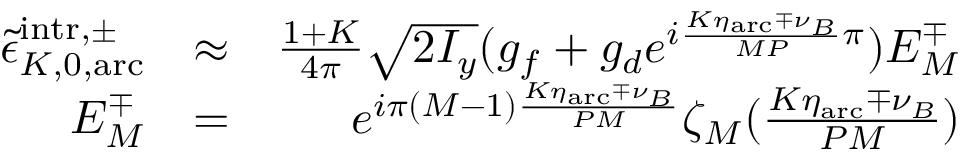
\begin{array} { r l r } { \tilde { \epsilon } _ { K , 0 , \mathrm { a r c } } ^ { \mathrm { i n t r } , \pm } } & { \approx } & { \frac { 1 + K } { 4 \pi } \sqrt { 2 I _ { y } } ( g _ { f } + g _ { d } e ^ { i \frac { K \eta _ { \mathrm { a r c } } \mp \nu _ { B } } { M P } \pi } ) E _ { M } ^ { \mp } } \\ { E _ { M } ^ { \mp } } & { = } & { e ^ { i \pi ( M - 1 ) \frac { K \eta _ { \mathrm { a r c } } \mp \nu _ { B } } { P M } } \zeta _ { M } ( \frac { K \eta _ { \mathrm { a r c } } \mp \nu _ { B } } { P M } ) } \end{array}